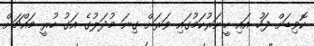
ކޮވިޑަށް ފަހު އައި ހީނަރުކަމުގައި ވަރަށް ގިނަ މުދަލުގެ އަގު ހުރީ މައްޗަށް